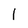
Character: 1